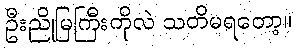
ဦးညိုမြကြီးကိုလဲ သတိမရတော့။